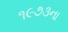
૧૯૭૩ના